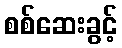
စစ်ဆေးခွင့်